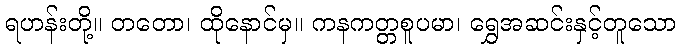
ရဟန်းတို့။ တတော၊ ထိုနောင်မှ။ ကနကတ္တစူပမာ၊ ရွှေအဆင်းနှင့်တူသော